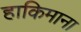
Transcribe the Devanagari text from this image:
हाकिमाना